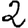
Digit: 2